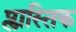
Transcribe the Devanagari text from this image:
प्लास्तिक